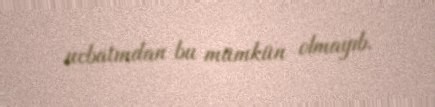
ucbatından bu mümkün olmayıb.